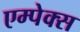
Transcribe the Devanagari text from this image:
एम्पेक्स